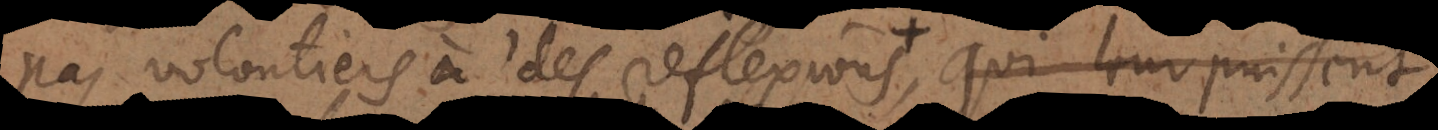
pas volontiers à des reflexions qui leur represente